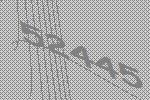
52445